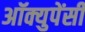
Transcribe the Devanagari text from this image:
अॉक्युपेंसी